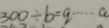
3 0 0 \div b = q \cdots a